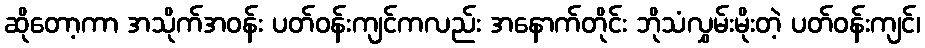
ဆိုတော့ကာ အသိုက်အဝန်း ပတ်ဝန်းကျင်ကလည်း အနောက်တိုင်း ဘိုသံလွှမ်းမိုးတဲ့ ပတ်ဝန်းကျင်၊